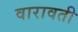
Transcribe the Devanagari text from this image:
वारावती